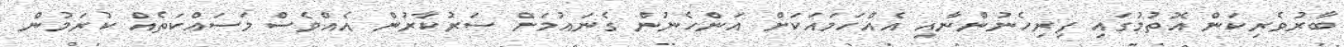
ބާރުވެރިކަން އޮތުމުގައި ފިރިހެނުންނާއި އެއްހަމައަކަށް އަންހެނުން ގެނައުމަށް ސަރުކާރުން އެއްވެސް މަސައްކަތެއް ކުރަމުން